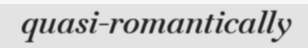
quasi-romantically